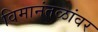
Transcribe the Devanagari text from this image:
विमानंतळांवर